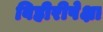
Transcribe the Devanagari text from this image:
विहीरीपेक्षा